Lunatic asylums Bombay report 1891-1903 - 1891-1903
Year: 1891
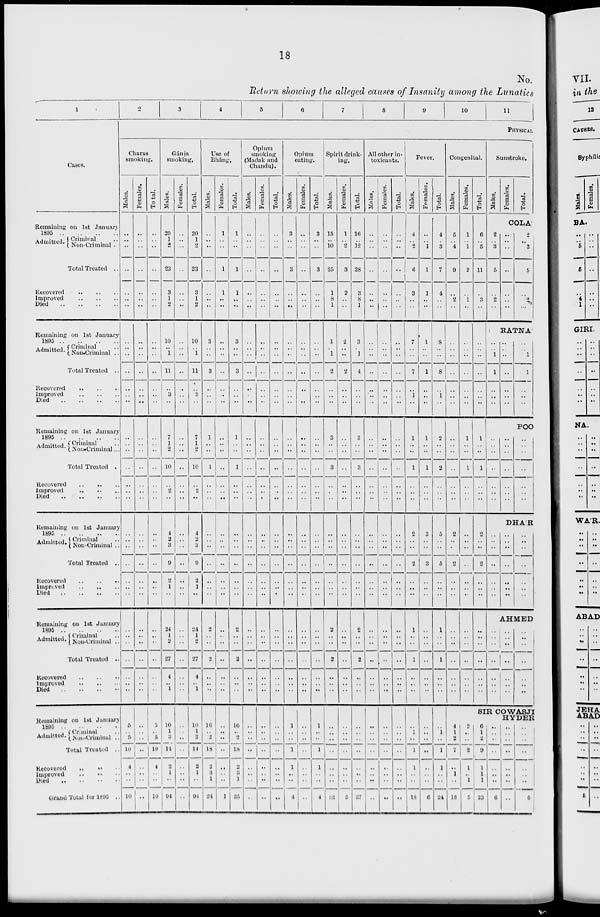
18
No.
Return showing the alleged causes of Insanity among the Lunatics
1
Cases.
Remaining on 1st January
1895 .. .. .. ..
Admitted. Criminal ..
Non-Criminal ..
Total Treated ..
Recovered
..
..
..
Improved
..
..
..
Died
..
..
..
Remaining on 1st January
1895
..
..
..
..
Admitted. Criminal ..
Non-Criminal ..
Total Treated ..
Recovered .. .. ..
Improved
..
..
..
Died
..
..
..
..
Remaining on 1st January
1895
..
..
..
..
Admitted. Criminal ..
Non-Criminal ...
Total Treated .
Recovered .. .. ..
Improved
..
..
..
Died .. .. .. ..
Remaining on 1st January
1895
..
..
....
Admitted.
Criminal ..
Non-Criminal ..
Total Treated ..
Recovered
..
..
..
Improved
..
..
..
Died
..
..
..
..
Remaining on 1st January
1896
..
..
..
..
Admitted.
Criminal ..
Non-Criminal ..
Total Treated ..
Recovered
..
..
..
Improved
..
..
..
Died
..
..
..
Remaining on 1st January
1895
..
..
..
..
Admitted.
Criminal ..
Non-Criminal ..
Total Treated ..
Recovered
..
..
..
Improved .. .. ..
Died .. .. .. ..
Grand Total for 1895 ..
2
3
4
5
6
7
8
9
10
11
PHYSICAL
Charas
smoking.
Males.
..
..
..
..
..
..
..
..
..
..
..
..
..
..
..
..
..
..
..
..
..
..
..
..
..
..
..
..
..
..
..
..
..
..
..
5
..
5
10
4
..
..
10
Females.
..
..
..
..
..
..
..
..
..
..
..
..
..
..
..
..
..
..
..
..
..
..
..
..
..
..
..
..
..
..
..
..
..
..
..
..
..
..
..
..
..
..
..
Total.
..
..
..
..
..
..
..
..
..
..
..
..
..
..
..
..
..
..
..
..
..
..
..
..
..
..
..
..
..
..
..
..
..
..
..
5
..
5
10
4
..
..
10
Gánja
smoking,
Males.
20
1
2
23
3
1
2
10
..
1
11
..
3
..
7
1
2
10
..
2
..
4
2
3
9
2
1
..
24
1
..
27
4
..
1
10
1
3
14
2
1
..
91
Females.
..
..
..
..
..
..
..
..
..
..
..
..
..
..
..
..
..
..
..
..
..
..
..
..
..
..
..
..
..
..
..
..
..
..
..
..
..
..
..
..
..
..
..
Total.
20
1
2
23
3
1
2
10
..
1
11
..
3
..
7
1
2
10
..
2
..
4
2
3
9
2
1
..
24
1
..
27
4
..
1
10
1
3
14
2
1
..
94
Use of
Bháng.
Males.
..
..
..
..
..
..
..
3
..
..
3
..
..
..
1
..
..
1
..
..
..
..
..
..
..
..
..
..
2
..
..
2
..
..
..
16
.. 2
18
2
3
1
24
Females.
1
..
..
1
1
..
..
..
..
..
..
..
..
..
..
..
..
..
..
..
..
..
..
..
..
..
..
..
..
..
..
..
..
..
..
..
..
..
..
..
..
..
1
Total.
1
..
..
1
1
..
..
3
..
..
3
..
..
..
1
..
..
1
..
..
..
..
..
..
..
..
..
..
2
..
..
2
..
..
..
16
..
2
18
2
3
1
25
Opium
smoking
(Madak and
Chandu).
Males.
..
..
..
..
..
..
..
..
..
..
..
..
..
..
..
..
..
..
..
..
..
..
..
..
..
..
..
..
..
..
..
..
..
..
..
..
..
..
..
..
..
..
..
Females.
..
..
..
..
..
..
..
..
..
..
..
..
..
..
..
..
..
..
..
..
..
..
..
..
..
..
..
..
..
..
..
..
..
..
..
..
..
..
..
..
..
..
..
Total.
..
..
..
..
..
..
..
..
..
..
..
..
..
..
..
..
..
..
..
..
..
..
..
..
..
..
..
...
..
..
..
..
..
..
..
..
..
..
..
..
..
..
Opium
eating.
Males.
3
..
..
3
..
..
..
..
..
..
..
..
..
..
..
..
..
..
..
..
..
..
..
..
..
..
..
..
..
..
..
..
..
..
..
1
..
..
1
1
..
..
4
Females.
..
..
..
..
..
..
..
..
..
..
..
..
..
..
..
..
..
..
..
..
..
..
..
..
..
..
..
..
..
..
..
..
..
..
..
..
..
..
..
..
..
..
..
Total.
3
..
..
3
..
..
..
..
..
..
..
..
..
..
..
..
..
..
..
..
..
..
..
..
..
..
..
..
..
..
..
..
..
..
..
1
..
..
1
1
..
..
4
Spirit drink-
ing.
Males.
15
..
10
25
1
8
1
1
..
1
2
..
..
..
3
..
..
3
..
..
..
..
..
..
..
..
..
..
2
..
..
2
..
..
..
..
..
..
..
..
..
..
32
Females.
1
..
2
3
2
..
..
2
..
..
2
..
..
..
..
..
..
..
..
..
..
..
..
..
..
..
..
..
..
..
..
..
..
..
..
..
..
..
..
..
..
..
5
Total.
16
..
12
28
3
8
1
3
..
1
4
..
..
..
3
..
..
3
..
..
..
..
..
..
..
..
..
..
2
..
..
2
..
..
..
..
..
..
..
..
..
..
37
All other in-
toxicants.
Males.
..
..
..
..
..
..
..
..
..
..
..
..
..
..
..
..
..
..
..
..
..
..
..
..
..
..
..
..
..
..
..
..
..
..
..
..
..
..
..
..
..
..
..
Females.
..
..
..
..
..
..
..
..
..
..
..
..
..
..
..
..
..
..
..
..
..
..
..
..
..
..
..
..
..
..
..
..
..
..
..
..
..
..
..
..
..
..
..
Total.
..
..
..
..
..
..
..
..
..
..
..
..
..
..
..
..
..
..
..
..
..
..
..
..
..
..
..
..
..
..
..
..
..
..
..
..
..
..
..
..
..
..
..
Fever.
Males.
4
..
2
6
3
..
..
7
..
..
7
..
1
..
1
..
..
1
..
..
..
2
..
..
2
..
..
..
1
..
..
1
..
..
..
..
1
..
1
1
..
..
18
Females.
..
..
1
1
1
..
..
1
..
..
1
..
..
..
1
..
..
1
..
..
..
3
..
..
3
..
..
..
..
..
..
..
..
..
..
..
..
..
..
..
..
..
6
Total.
4
..
3
7
4
..
..
8
..
..
8
..
1
..
2
..
..
2
..
..
..
5
..
..
5
..
..
..
1
..
..
1
..
..
..
..
1
..
1
1
..
..
24
Congenital.
Males,
5
..
4
9
..
2
..
..
..
..
..
..
..
..
..
..
..
..
..
..
..
2
..
..
2
..
..
..
..
..
..
..
..
..
..
4
1
2
7
..
1
..
18
Females.
1
..
1
2
..
1
..
..
..
..
..
..
..
..
1
..
..
1
..
..
..
..
..
..
..
..
..
..
..
..
..
..
..
..
..
2
..
..
2
1
..
1
5
Total.
6
..
5
11
..
3
..
..
..
..
..
..
..
..
1
..
..
1
..
..
..
2
..
..
2
..
..
..
..
..
..
..
..
..
..
Sunstroke.
Males.
2
..
3
5
..
2
..
..
..
1
1
..
..
..
..
..
..
..
..
..
..
..
..
..
..
..
..
..
Females.
Total.
COLA
..
..
..
..
..
..
..
2
..
3
5
..
2
..
RATNA
..
..
..
..
..
..
..
..
..
..
..
..
..
..
..
..
1
1
..
..
..
POO
..
..
..
..
..
..
..
DHA'R
..
..
..
..
..
..
..
..
..
..
..
..
..
..
AHMED
..
..
..
..
..
..
..
..
..
..
..
..
..
..
..
..
..
..
..
..
..
SIR COWASJI
HYDER
6
1
2
9
1
1
1
23
..
..
..
..
..
..
..
6
..
..
..
..
..
..
..
..
..
..
..
..
..
..
..
6